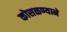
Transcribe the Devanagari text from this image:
कोसळण्याने